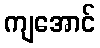
ကျအောင်